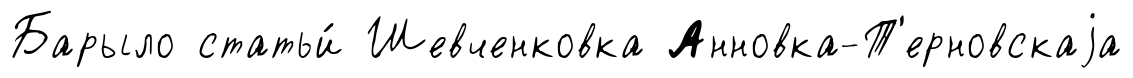
Барыло статьи́ Шевченковка Анновка-Т'ерновскаjа